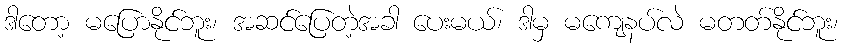
ဒါတော့ မပြောနိုင်ဘူး၊ အဆင်ပြေတဲ့အခါ ပေးမယ်၊ ဒါမှ မကျေနပ်လဲ မတတ်နိုင်ဘူး၊